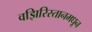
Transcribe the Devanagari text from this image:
वझिरिस्तानमधून